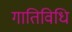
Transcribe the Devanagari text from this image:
गातिविधि